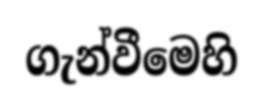
ගැන්වීමෙහි